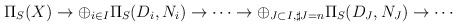
\begin{align*}\Pi_S(X) \rightarrow \oplus_{i \in I} \Pi_S(D_i,N_i)\rightarrow \cdots \rightarrow \oplus_{J \subset I, \sharp J=n} \Pi_S(D_J,N_J) \rightarrow \cdots\end{align*}